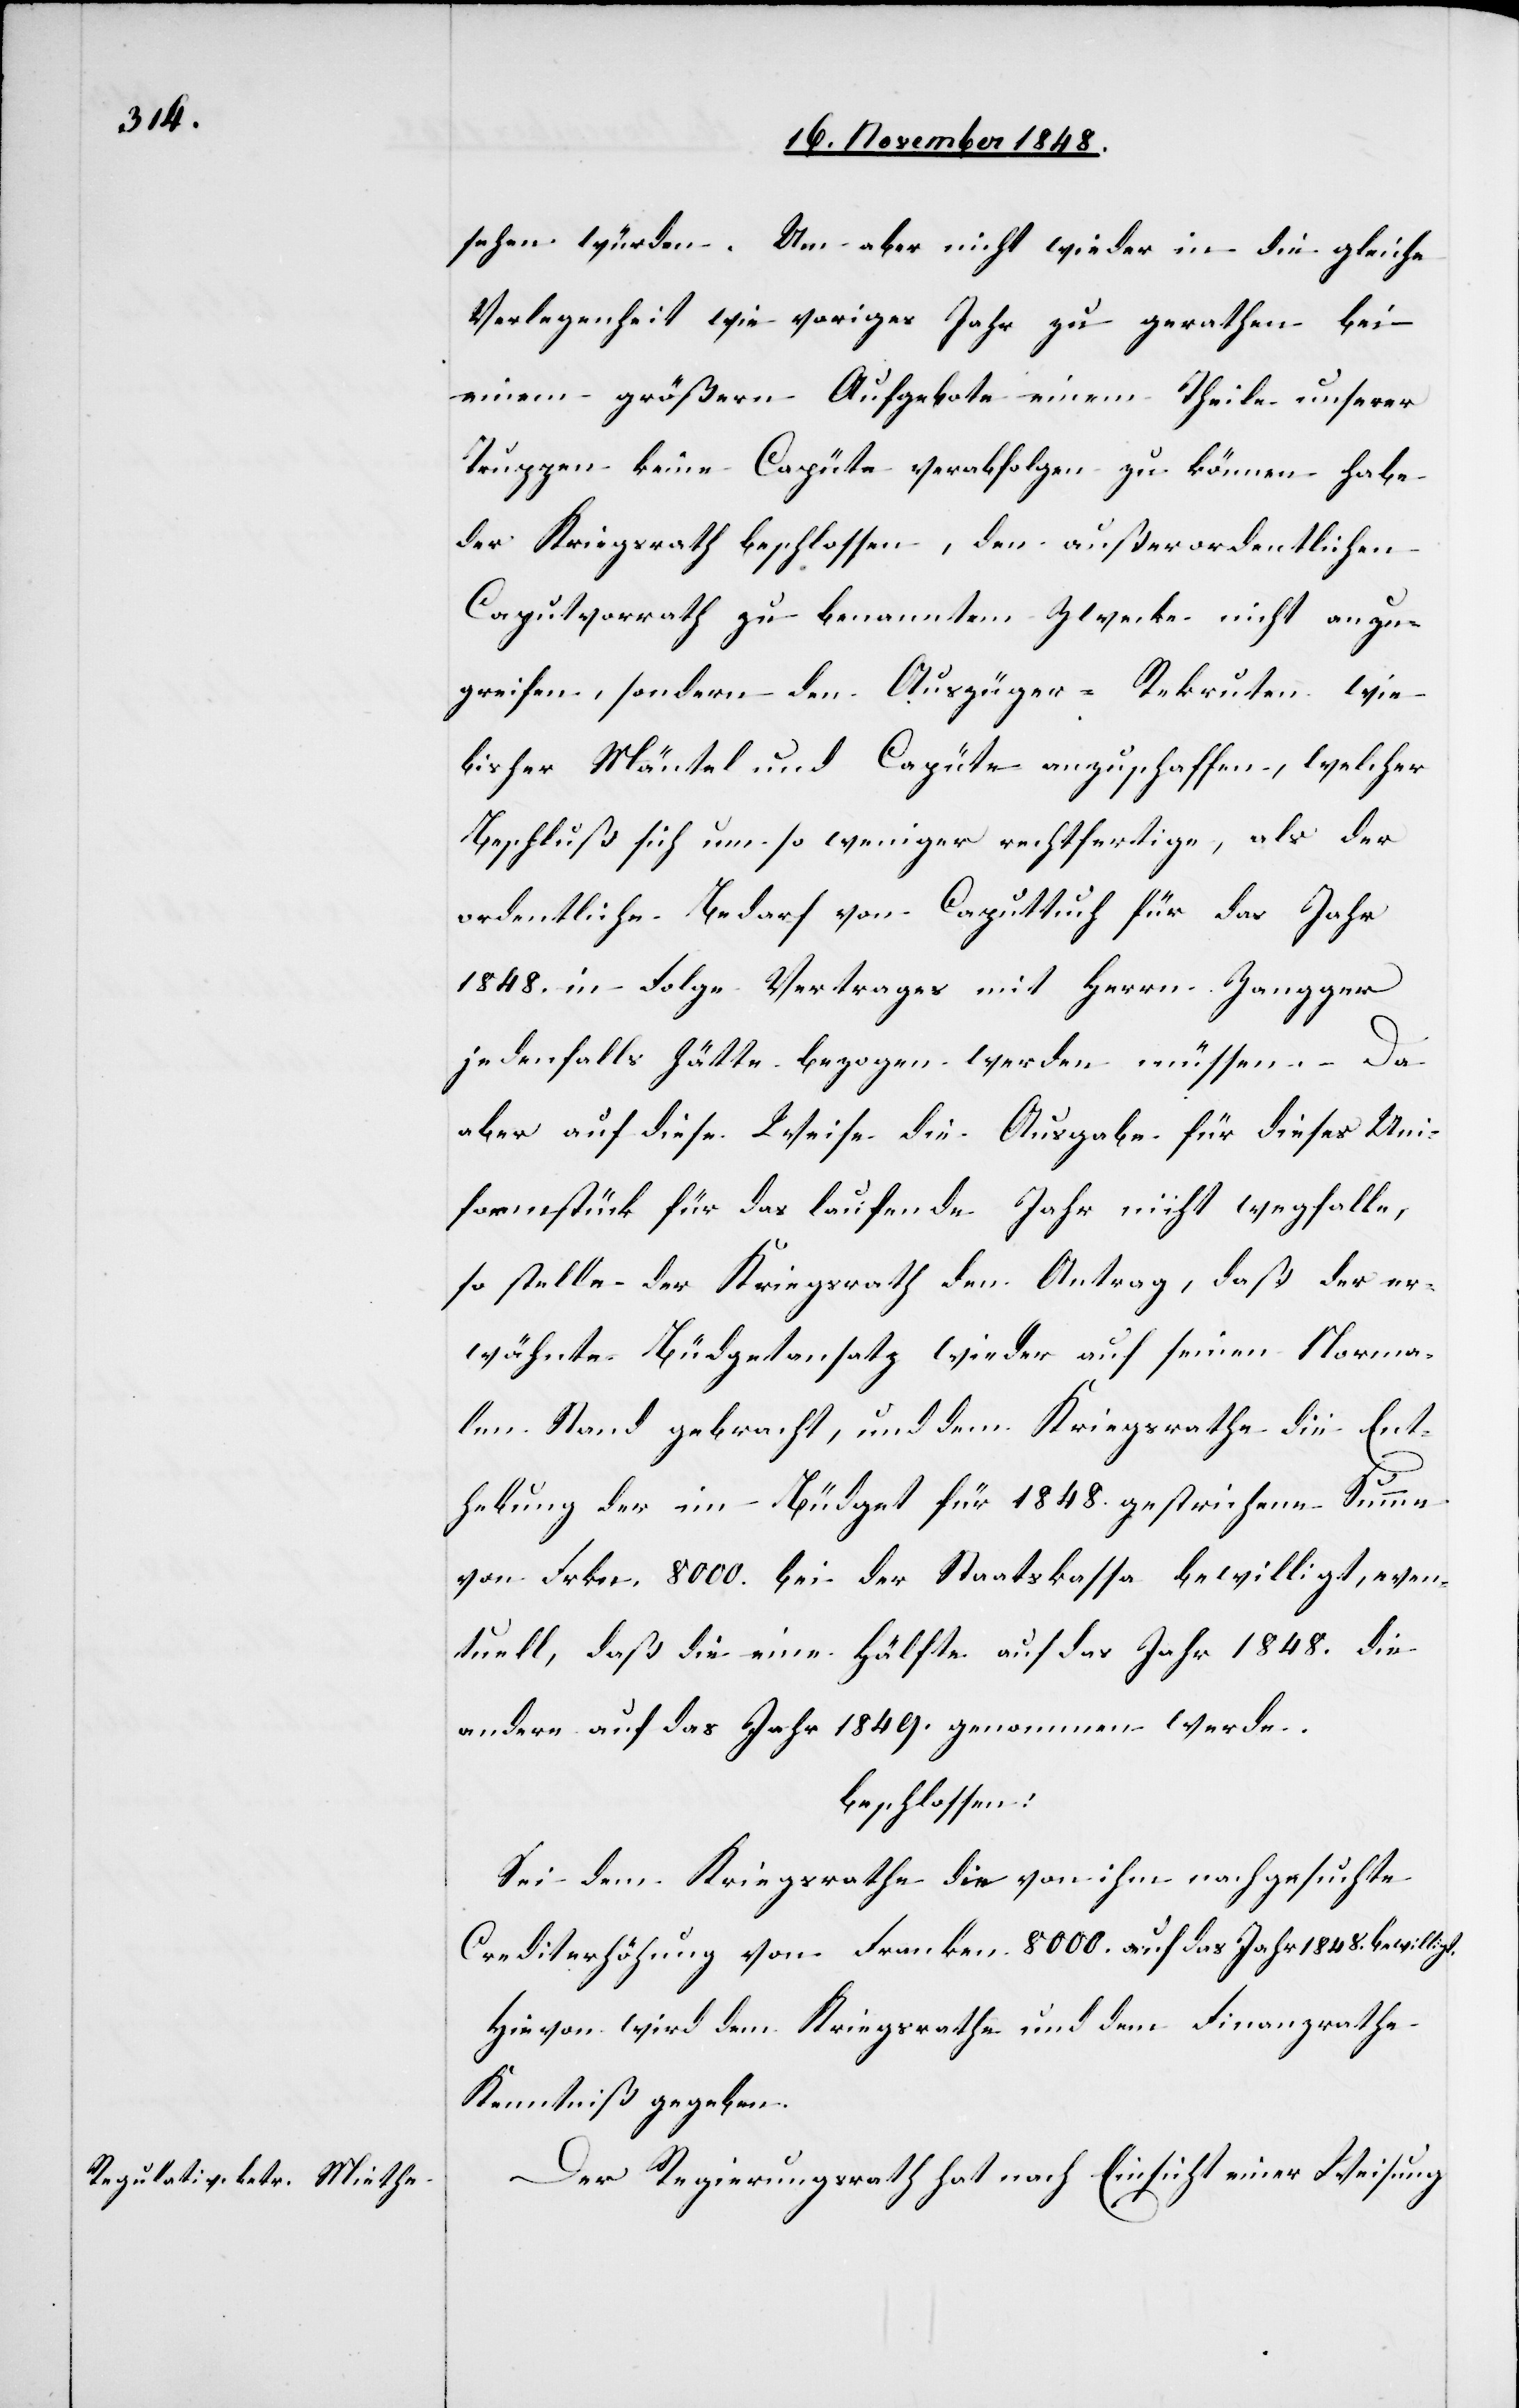
sehen würden. Um aber nicht wieder in die gleiche
Verlegenheit wie voriges Jahr zu gerathen bei
einem größern Aufgebote einem Theile unserer
Truppen keine Capüte verabfolgen zu können habe
der Kriegsrath beschlossen, den außerordentlichen
Caputvorrath zu benanntem Zwecke nicht anzu¬
greifen, sondern den Auszüger-Rekruten wie
bisher Mäntel und Capüte anzuschaffen, welcher
Beschluß sich um so weniger rechtfertige, als der
ordentliche Bedarf von Caputtuch für das Jahr
1848. in Folge Vertrages mit Herrn Zangger
jedenfalls hätte bezogen werden müssen. Da
aber auf diese Weise die Ausgabe für dieses Uni¬
formstück für das laufende Jahr nicht wegfalle,
so stelle der Kriegsrath den Antrag, daß der er¬
wähnte Büdgetansatz wieder auf seinen Norma¬
len Stand gebracht, und dem Kriegsrathe die Ent¬
hebung der im Büdget für 1848. gestrichene Summe
von Frkn. 8000. bei der Staatskassa bewilligt, even¬
tuell, daß die eine Hälfte auf das Jahr 1848. die
andere auf das Jahr 1849. genommen werde.
beschlossen.
Sei dem Kriegsrathe die von ihm nachgesuchte
Crediterhöhung von Franken 8000. auf das Jahr 1848. bewilligt.
Hievon wird dem Kriegsrathe und dem Finanzrathe
Kenntniß gegeben.
Der Regierungsrath hat nach Einsicht einer Weisung